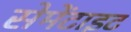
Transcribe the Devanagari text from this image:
सेमेंटाइट